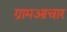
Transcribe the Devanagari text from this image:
ग्रामआचार